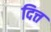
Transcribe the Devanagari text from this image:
दित्त